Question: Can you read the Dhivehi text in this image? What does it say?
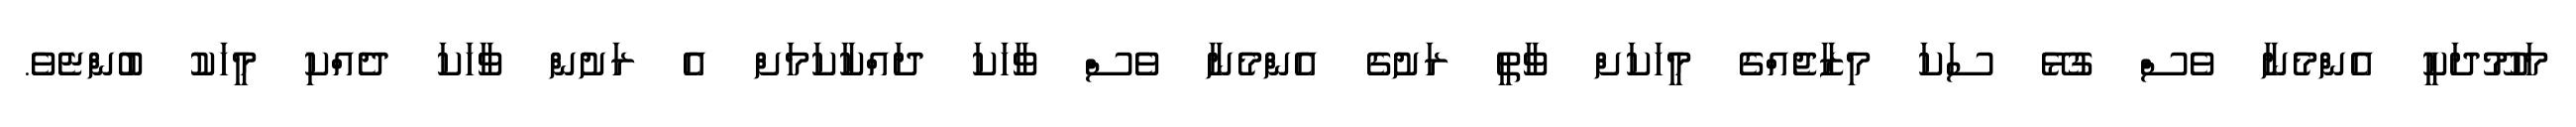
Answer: މަހުމޫދަކީ އެންމެނާ ވެސް ގުޅޭ ސަކަ މިޒާޖެއްގެ މީހަކަށް ވާތީ ރަށުގެ އެންމެނާ ވެސް ވާހަކަ ދައްކާކަމަށް އެ ރަށުން ވާހަކަ ދެއްކި މީހަކު ބުންޏެވެ.